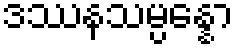
ဒဿနသမ္ပန္နော